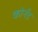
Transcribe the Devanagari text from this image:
कोर्नड